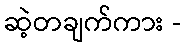
ဆဲ့တချက်ကား -